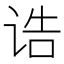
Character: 诰